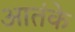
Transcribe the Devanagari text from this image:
आतंके